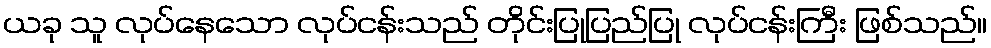
ယခု သူ လုပ်နေသော လုပ်ငန်းသည် တိုင်းပြုပြည်ပြု လုပ်ငန်းကြီး ဖြစ်သည်။